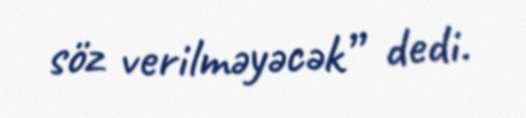
söz verilməyəcək” dedi.